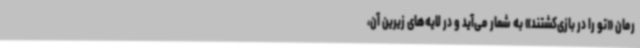
رمان «تو را ‌در ‌بازی‌کشتند» به شمار می‌آید و در لایه‌های زیرین آن،